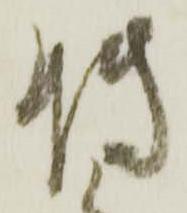
博